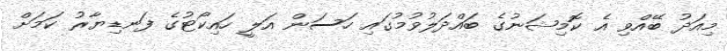
މިއަދު ބޭއްވި އެ ކޮމިޝަނުގެ ބައްދަލުވުމުގައި ހަސަން އަލީ ހައިކޯޓުގެ ފަނޑިޔާރު ކަމަށް